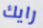
رايك